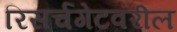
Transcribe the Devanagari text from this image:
रिसर्चगेटवरील